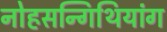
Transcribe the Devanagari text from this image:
नोहसन्गिथियांग